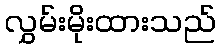
လွှမ်းမိုးထားသည်